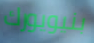
بنيويورك